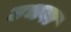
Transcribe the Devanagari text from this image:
उभवा